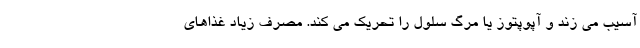
آسیب می زند و آپوپتوز یا مرگ سلول را تحریک می کند. مصرف زیاد غذاهای